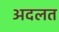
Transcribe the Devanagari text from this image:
अदलत